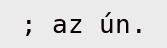
; az ún.